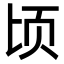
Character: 顷